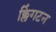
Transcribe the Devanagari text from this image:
क्लिंगटन